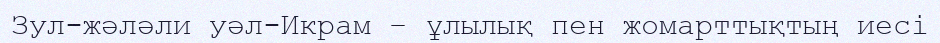
Зул-жәләли уәл-Икрам – ұлылық пен жомарттықтың иесі